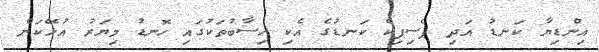
އިންޑިޔާ ކަނޑު އަދި ޕެސިފިކް ކަނޑުގެ އެކި ހިސާބުތަކުގައި ހޮނޑު މިޔަރު އުޅޭކަން